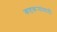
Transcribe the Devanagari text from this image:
कष्टकर्‍यांसाठी